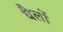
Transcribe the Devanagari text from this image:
धैलों